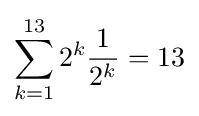
\sum _{k=1}^{13}2^{k}{\frac {1}{2^{k}}}=13